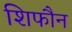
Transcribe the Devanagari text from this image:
शिफौन